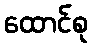
ထောင်စု